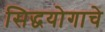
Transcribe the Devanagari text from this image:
सिद्धयोगाचे